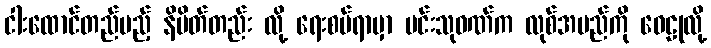
ငါးထောင်တည်မည့် နိမိတ်တည်း လို့ ရေးစပ်ရာမှာ မင်းသုဝဏ်က လုစ်အမည်ကို ဝေဠုလို့